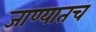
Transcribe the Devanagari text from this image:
जाण्यातच